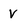
Character: v